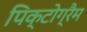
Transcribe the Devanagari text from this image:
पिक्टोग्रैम